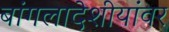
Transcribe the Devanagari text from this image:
बांगलादेशीयांवर